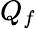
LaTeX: Q_{f}